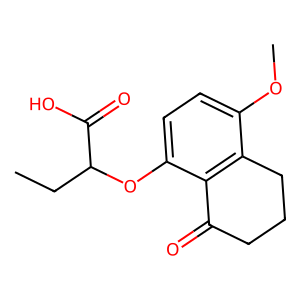
SMILES: CCC(Oc1ccc(OC)c2c1C(=O)CCC2)C(=O)O
Inhibits HIV replication: No